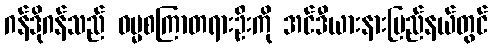
ဂန်ဒိုဂန်သည် ဓမ္မစကြာတရားဦးကို အင်ဒီယားနားပြည်နယ်တွင်